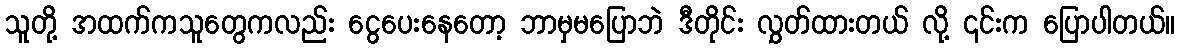
သူတို့ အထက်ကသူတွေကလည်း ငွေပေးနေတော့ ဘာမှမပြောဘဲ ဒီတိုင်း လွှတ်ထားတယ် လို့ ၎င်းက ပြောပါတယ်။